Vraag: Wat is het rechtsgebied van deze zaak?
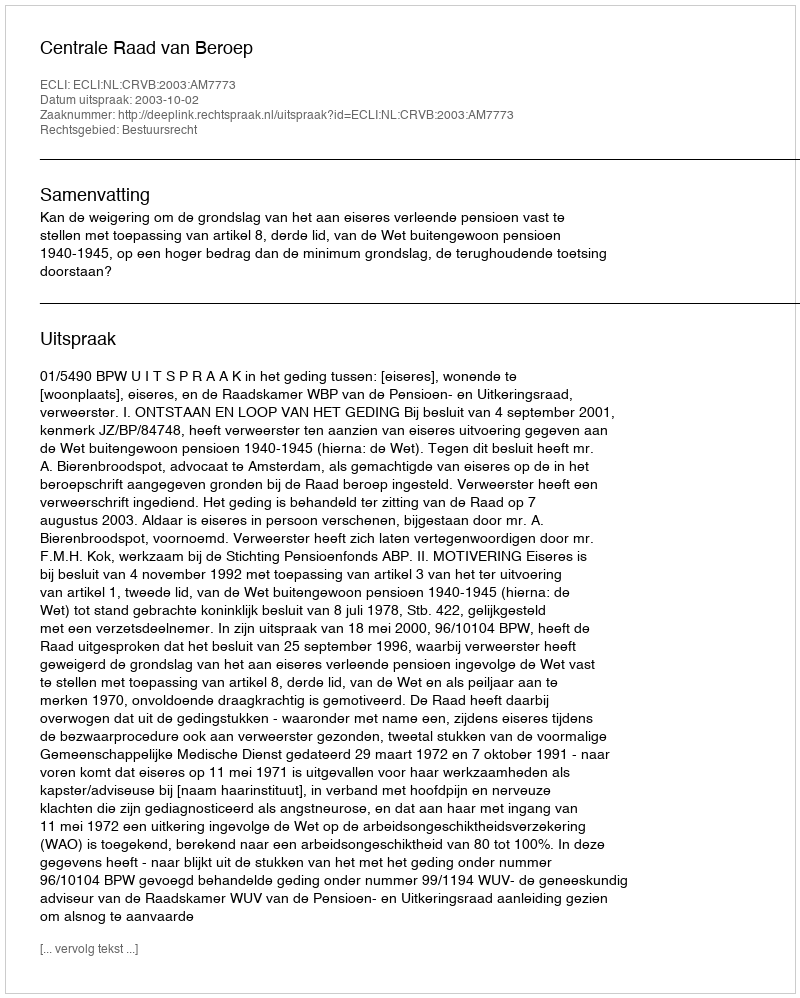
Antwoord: Bestuursrecht